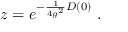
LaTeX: z = e ^ { - \frac 1 { 4 g ^ { 2 } } D ( 0 ) } \ .